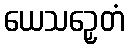
ယေသဉှေတံ